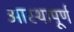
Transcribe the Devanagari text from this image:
आस्थापूर्ण